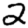
Digit: 2